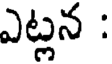
ఎట్లన :